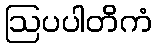
ဩပပါတိကံ